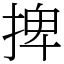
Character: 捭